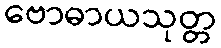
ဗောဓာယသုတ္တ